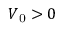
V _ { \mathrm { 0 } } > 0